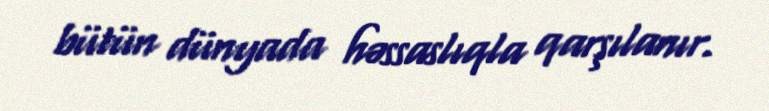
bütün dünyada həssaslıqla qarşılanır.